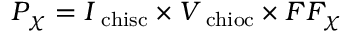
P _ { \chi } = I _ { \mathrm { \ c h i s c } } \times V _ { \mathrm { \ c h i o c } } \times F F _ { \chi }